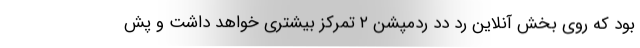
بود که روی بخش آنلاین رد دد ردمپشن ۲ تمرکز بیشتری خواهد داشت و پش